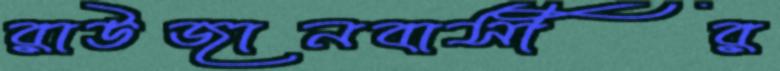
রাউজানবাসীর